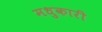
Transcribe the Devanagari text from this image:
मधुकारी